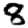
Digit: 8